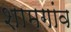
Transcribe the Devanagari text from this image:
शामगांव